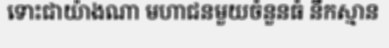
ទោះជាយ៉ាងណា មហាជនមួយចំនួនធំ នឹកស្មាន